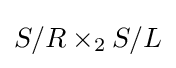
S/R\times _{2}S/L